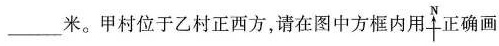
___米。甲村位于乙村正西方，请在图中方框内用 正确画